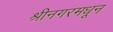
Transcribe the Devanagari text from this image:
श्रीनगरमधून